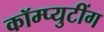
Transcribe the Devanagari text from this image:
कॉम्प्युटींग